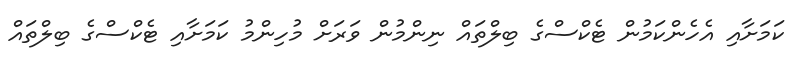
ކަމަށާއި އެހެންކަމުން ޓެކްސްގެ ބިލްތައް ނިންމުން ވަރަށް މުހިންމު ކަމަށާއި ޓެކްސްގެ ބިލްތައް